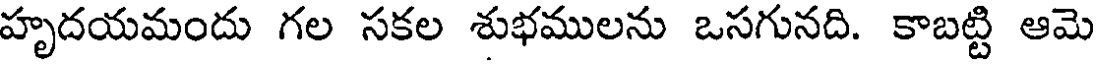
హృదయమందు గల సకల శుభములను ఒసగునది. కాబట్టి ఆమె